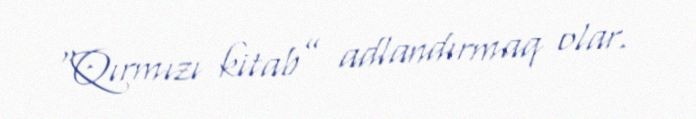
“Qırmızı kitab” adlandırmaq olar.